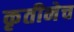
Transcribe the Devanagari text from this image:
कृतीनेच